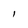
Character: l